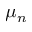
\mu _ { n }